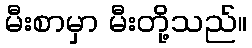
မီးစာမှာ မီးတို့သည်။